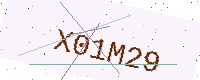
Text: X01M29